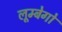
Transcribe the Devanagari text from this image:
लूम्बेगो